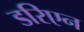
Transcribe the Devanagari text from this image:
डरिएन